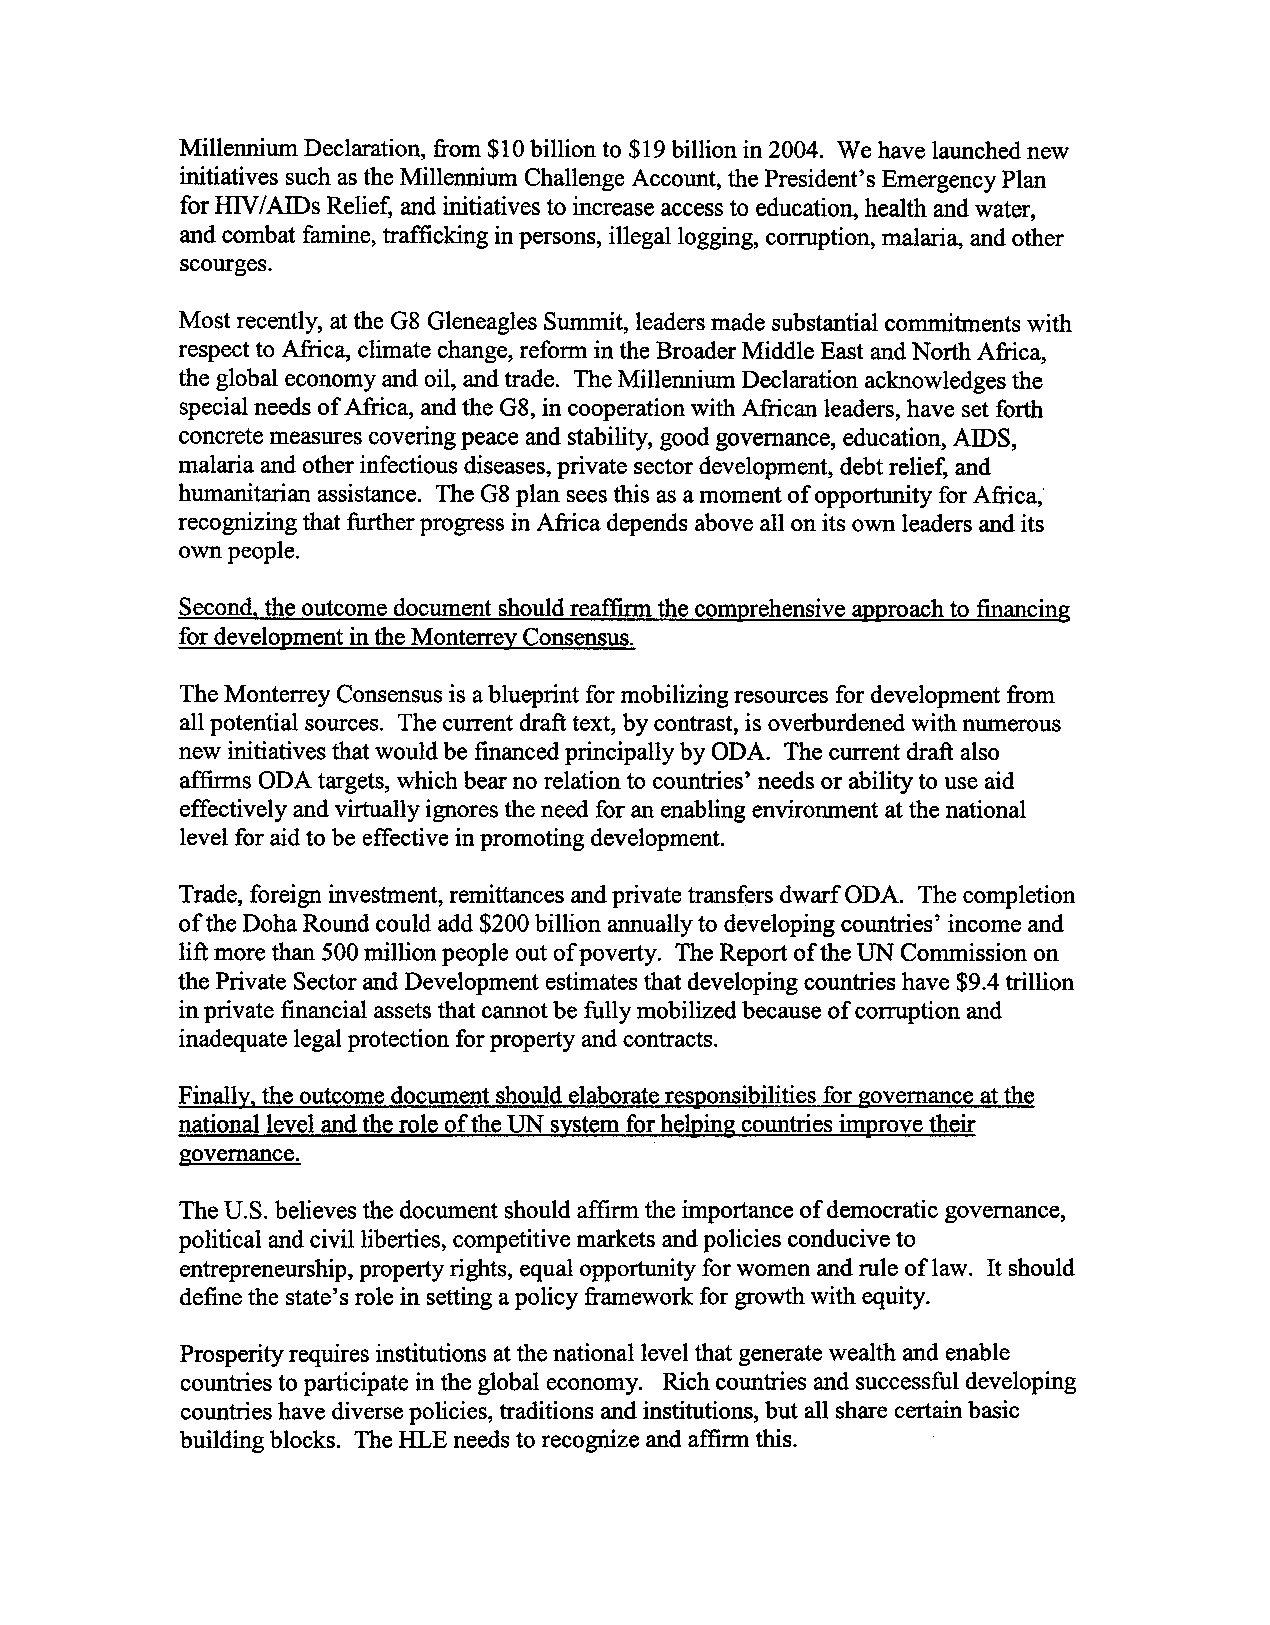
Millennium Declaration, from $10 billion to $19 billion in 2004. We have launched new
 initiatives such as the Millennium Challenge Account, the President's Emergency Plan
 for HN/AIDs Relief, and initiatives to increase accesst o education, health and water,
 and combat famine, trafficking in persons, illega1logging, corruption, malaria, and other
 scourges.
 Most recently, at the G8 Gleneagles Summit, leaders made substantial commitments with
 respect to Africa, climate change, reform in the Broader Middle East and North Africa,
 the global economy and oil, and trade. The Millennium Declaration acknowledges the
 special needs of Africa, and the G8, in cooperation with African leaders, have set forth
 concrete measuresc overing peace and stability, good governance, education, AIDS,
 malaria and other infectious diseases,p rivate sector development, debt relief, and
 humanitarian assistance. The G8 plan seest his as a moment of opportunity for Africa,'
 recognizing that further progress in Africa depends above all on its own leaders and its
 own people.
 for develoRmenint the MonterreyC onsensus.
 The Monterrey Consensusi s a blueprint for mobilizing resources for development from
 all potential sources. The current draft text, by contrast, is overburdened with numerous
 new initiatives that would be financed principally by ODA. The current draft also
 affirms ODA targets, which bear no relation to countries' needs or ability to use aid
 effectively and virtually ignores the need for an enabling environment at the national
 level for aid to be effective in promoting development.
 Trade,f oreign investment,r emittancesa ndp rivate transfersd warf aDA. The completion
 of the Doha Roundc ould add $200 billion annuallyt o developingc ountries' incomea nd
 lift more than 500 million peopleo ut of poverty. The Reporto f the UN Commissiono n
 the Private Sectora nd Developmenet stimatesth at developingc ountriesh ave $9.4 trillion
 in private financial assetsth at cannotb e fully mobilized becauseo f corruptiona nd
 inadequatele gal protectionf or propertya ndc ontracts.
 Finally. the outcomed ocuments houlde laborater esp;onsibilitiesfo r governancea t the
 nationa1levela ndt he role of the UN systemf or help;ingc ountriesi mprove their
 governance.
 The U.S. believes the document should affiml the importance of democratic governance,
 political and civil liberties, competitive markets and policies conducive to
 entrepreneurship, property rights, equal opportunity for women and rule of law. It should
 define the state's role in setting a policy framework for growth with equity.
 Prosperityr equiresi nstitutions at the nationall evel that generatew ealth and enable
 countriest o participatei n the global economy. Rich countriesa nd successfudl eveloping
 countriesh aved iversep olicies, traditions andi nstitutions,b ut all sharec ertainb asic
 building blocks. The HLE needst o recognizea nd affirm this.